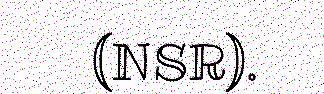
(NSR).